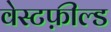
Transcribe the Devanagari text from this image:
वेस्टफ़ील्ड